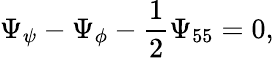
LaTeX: \Psi_{\psi}-\Psi_{\phi}-\frac{1}{2}\Psi_{55}=0,